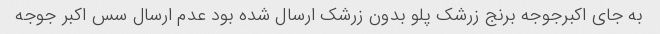
به جای اکبرجوجه برنج زرشک پلو بدون زرشک ارسال شده بود عدم ارسال سس اکبر جوجه